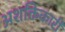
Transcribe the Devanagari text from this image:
अशक्तिकारी